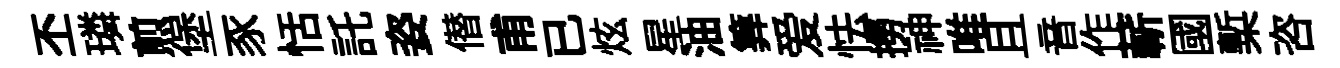
丕璘煎堡豕恬託姿僣甫已炫星油筭爱怯撈神唯且音作蔪國槧咨